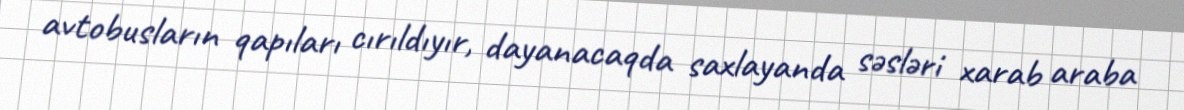
avtobusların qapıları cırıldıyır, dayanacaqda saxlayanda səsləri xarab araba